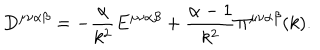
LaTeX: D ^ { \mu \nu \alpha \beta } = - \frac { \alpha } { k ^ { 2 } } E ^ { \mu \nu \alpha \beta } + \frac { \alpha - 1 } { k ^ { 2 } } \Pi ^ { \mu \nu \alpha \beta } ( k ) .